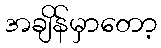
အချိန်မှာတော့